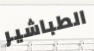
الطباشير